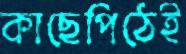
কাছেপিঠেই